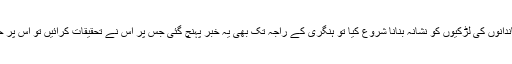
الزبتھ باتھری نے با اثر خاندانوں کی لڑکیوں کو نشانہ بنانا شروع کیا تو ہنگری کے راجہ تک بھی یہ خبر پہنچ گئی جس پر اس نے تحقیقات کرائیں تو اس پر حیرت کے پہاڑ ٹوٹ پڑے۔